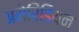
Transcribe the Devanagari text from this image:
अमेरिंडियन